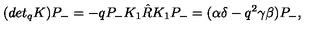
( d e t _ { q } K ) P _ { - } = - q P _ { - } K _ { 1 } \hat { R } K _ { 1 } P _ { - } = ( \alpha \delta - q ^ { 2 } \gamma \beta ) P _ { - } ,